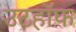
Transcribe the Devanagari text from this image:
उटहॉफ